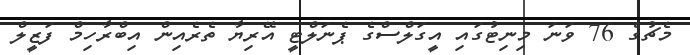
މެޗުގެ 76 ވަނަ މިނިޓުގައި އީގަލްސްގެ ޕެނަލްޓީ އޭރިޔާ ތެރެއިން އިބްރާހިމް ފަޒީލް